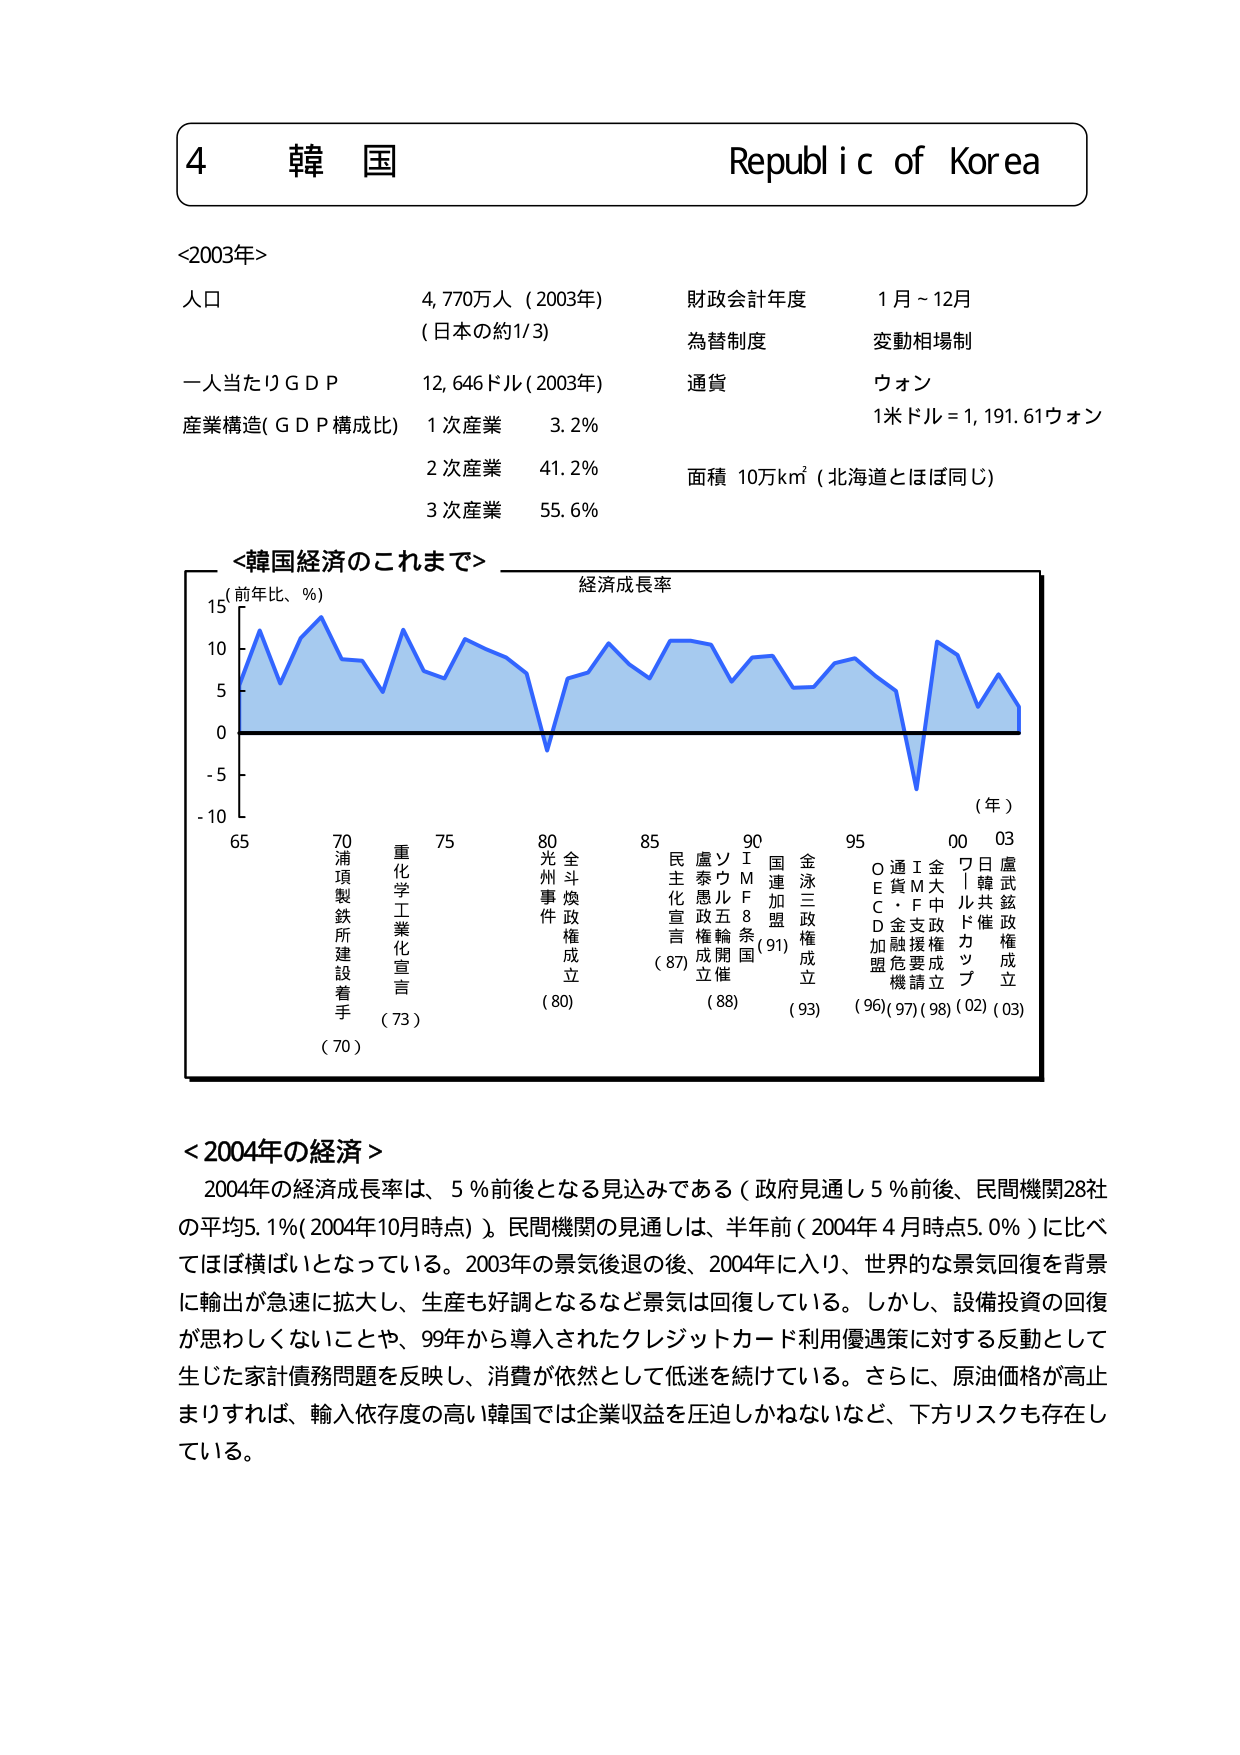
4 韓国 Republic of Korea

<2003年>
人口 4,770万人（2003年） 財政会計年度 1月～12月
（日本の約1/3） 為替制度 変動相場制
一人当たりＧＤＰ 12,646ドル（2003年） 通貨 ウォン
産業構造（ＧＤＰ構成比） 1次産業 3.2% 1米ドル＝1,191.61ウォン
2次産業 41.2% 面積 10万km²（北海道とほぼ同じ）
3次産業 55.6%

<韓国経済のこれまで>
（前年比、％） 経済成長率
15
10
5
0
-5
-10
（年）
65 70 75 80 85 90 95 00 03
浦項製鉄所建設着手 重化学工業化宣言 光州事件 全斗煥政権成立 民主化宣言 盧泰愚政権成立 ソウル五輪開催 ＩＭＦ8条国 国連加盟 金泳三政権成立 通貨危機 ＥＣ・ＦＤ加盟 金大中政権成立 ワールドカップ 日韓共催 盧武鉉政権成立
（70） （73） （80） （87） （88） （91） （93） （96）（97）（98）（02）（03）

<2004年の経済>
2004年の経済成長率は、5％前後となる見込みである（政府見通し5％前後、民間機関28社の平均5.1％（2004年10月時点））。民間機関の見通しは、半年前（2004年4月時点5.0％）に比べてほぼ横ばいとなっている。2003年の景気後退の後、2004年に入り、世界的な景気回復を背景に輸出が急速に拡大し、生産も好調となるなど景気は回復している。しかし、設備投資の回復が思わしくないことや、99年から導入されたクレジットカード利用優遇策に対する反動として生じた家計債務問題を反映し、消費が依然として低迷を続けている。さらに、原油価格が高止まりすれば、輸入依存度の高い韓国では企業収益を圧迫しかねないなど、下方リスクも存在している。